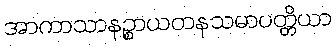
အာကာသာနဉ္စာယတနသမာပတ္တိယာ